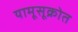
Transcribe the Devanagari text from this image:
यामूसूक्रोत